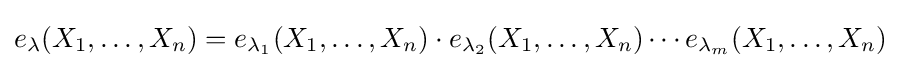
e_{\lambda }(X_{1},\dots ,X_{n})=e_{\lambda _{1}}(X_{1},\dots ,X_{n})\cdot e_{\lambda _{2}}(X_{1},\dots ,X_{n})\cdots e_{\lambda _{m}}(X_{1},\dots ,X_{n})